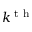
k ^ { \textrm { t h } }